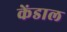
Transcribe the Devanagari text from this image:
केंडाल